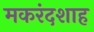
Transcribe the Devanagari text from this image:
मकरंदशाह